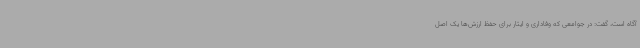
آگاه است، گفت: در جوامعی که وفاداری و ایثار برای حفظ ارزش‌ها یک اصل